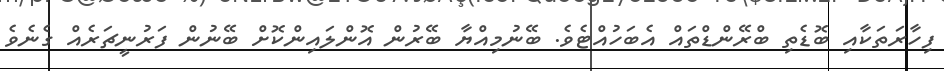
ފިހާރަތަކާއި ބޮޑެތި ބްރޭންޑްތައް އެބަހުއްޓެވެ. ބޭނުމިއްޔާ ބޭރުން އޮންލައިންކޮށް ބޭނުން ފަރުނީޗަރެއް ގެނެވެ